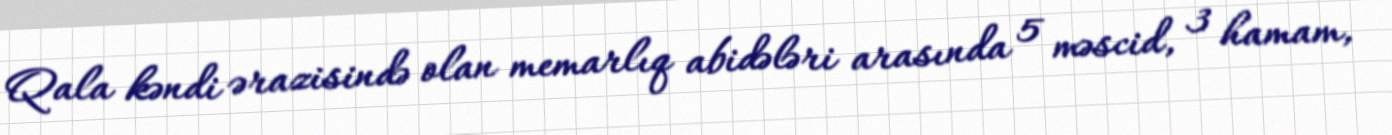
Qala kəndi ərazisində olan memarlıq abidələri arasında 5 məscid, 3 hamam,